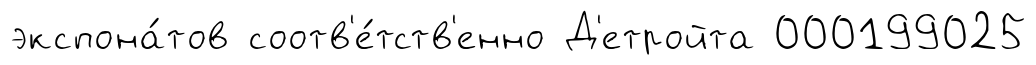
экспона́тов соотв'е́тств'енно Д'етройта 000199025